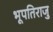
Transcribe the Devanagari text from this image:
भूपतिराजु